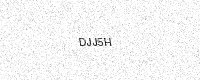
Text: DJJ5H